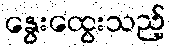
နွေးထွေးသည့်